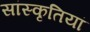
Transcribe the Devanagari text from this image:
सांस्कृतियां